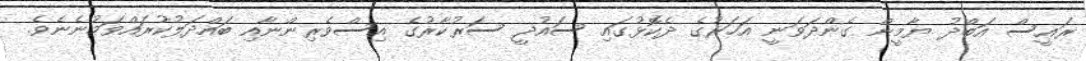
ރައީސް އަބްދު ޔާމީން ގެންދަވަނީ އަހަރުގެ ދެކޮޅުގައި ސައުދީ ސަރުކާރުގެ އިސްވެރިންނާއި ބައްދަލުކުރައްވަމުނެނެވެ.